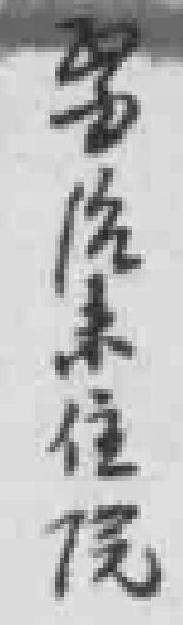
醫治未住院